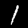
Digit: 1